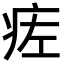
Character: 𬏢